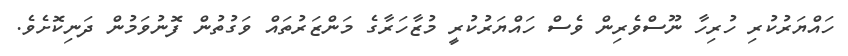
ހައްޔަރުކުރި ހުރިހާ ނޫސްވެރިން ވެސް ހައްޔަރުކުރީ މުޒާހަރާގެ މަންޒަރުތައް ވަގުތުން ފޮނުވަމުން ދަނިކޮށެވެ.